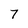
Character: 7